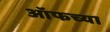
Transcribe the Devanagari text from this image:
ऑफच्या